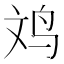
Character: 𪉃